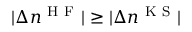
| \Delta n ^ { \mathrm { ~ H ~ F ~ } } | \geq | \Delta n ^ { \mathrm { ~ K ~ S ~ } } |